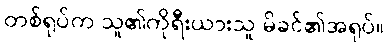
တစ်ရုပ်က သူ၏ကိုရီးယားသူ မိခင်၏အရုပ်။